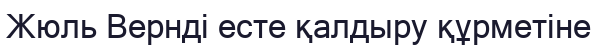
Жюль Вернді есте қалдыру құрметіне